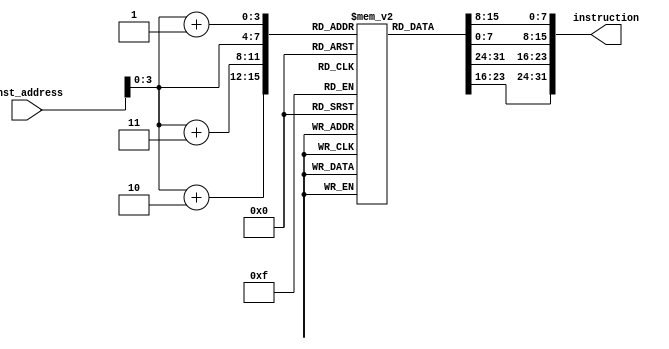
module instructionMemory
(
	input [63:0] inst_address,
	output reg [31:0] instruction

);
reg [7:0] instMemory [15:0];
initial
	begin
		instMemory[0] = 8'b10000011;
		instMemory[1] = 8'b00110100;
		instMemory[2] = 8'b10000101;
		instMemory[3] = 8'b00000010;
		instMemory[4] = 8'b10110011;
		instMemory[5] = 8'b10000100;
		instMemory[6] = 8'b10011010;
		instMemory[7] = 8'b00000000;
		instMemory[8] = 8'b10010011;
		instMemory[9] = 8'b10000100;
		instMemory[10] = 8'b00010100;
		instMemory[11] = 8'b00000000;
		instMemory[12] = 8'b00100011;
		instMemory[13] = 8'b00110100;
		instMemory[14] = 8'b10010101;
		instMemory[15] = 8'b00000010;
	end
	
	always @ *
		begin
			instruction = {instMemory[inst_address+3], instMemory[inst_address+2], 
			instMemory[inst_address+1], instMemory[inst_address]};
		end
		
endmodule